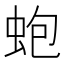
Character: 蚫